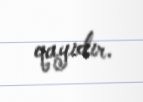
qayıdır.